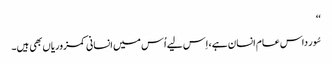
‘‘
سُور داس عام انسان ہے، اِس لیے اُس میں انسانی کمزوریاں بھی ہیں۔